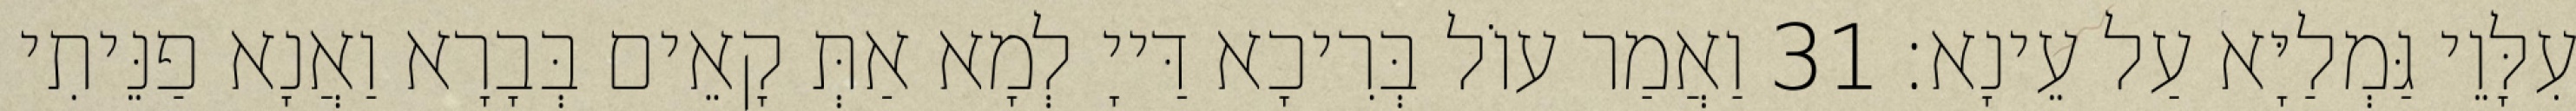
עִלָּוֵי גַּמְלַיָּא עַל עֵינָא׃ 31 וַאֲמַר עוֹל בְּרִיכָא דַּייָ לְמָא אַתְּ קָאֵים בְּבָרָא וַאֲנָא פַנֵּיתִי